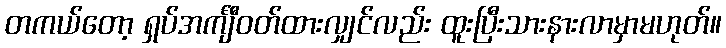
တကယ်တော့ ရှပ်အင်္ကျီဝတ်ထားလျှင်လည်း ထူးပြီးသားနားလာမှာမဟုတ်။